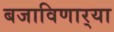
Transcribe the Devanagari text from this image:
बजाविणार्‍या